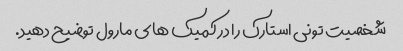
شخصیت تونی استارک را در کمیک های مارول توضیح دهید.